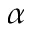
\alpha